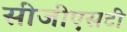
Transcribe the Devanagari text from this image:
सीजीएसटी